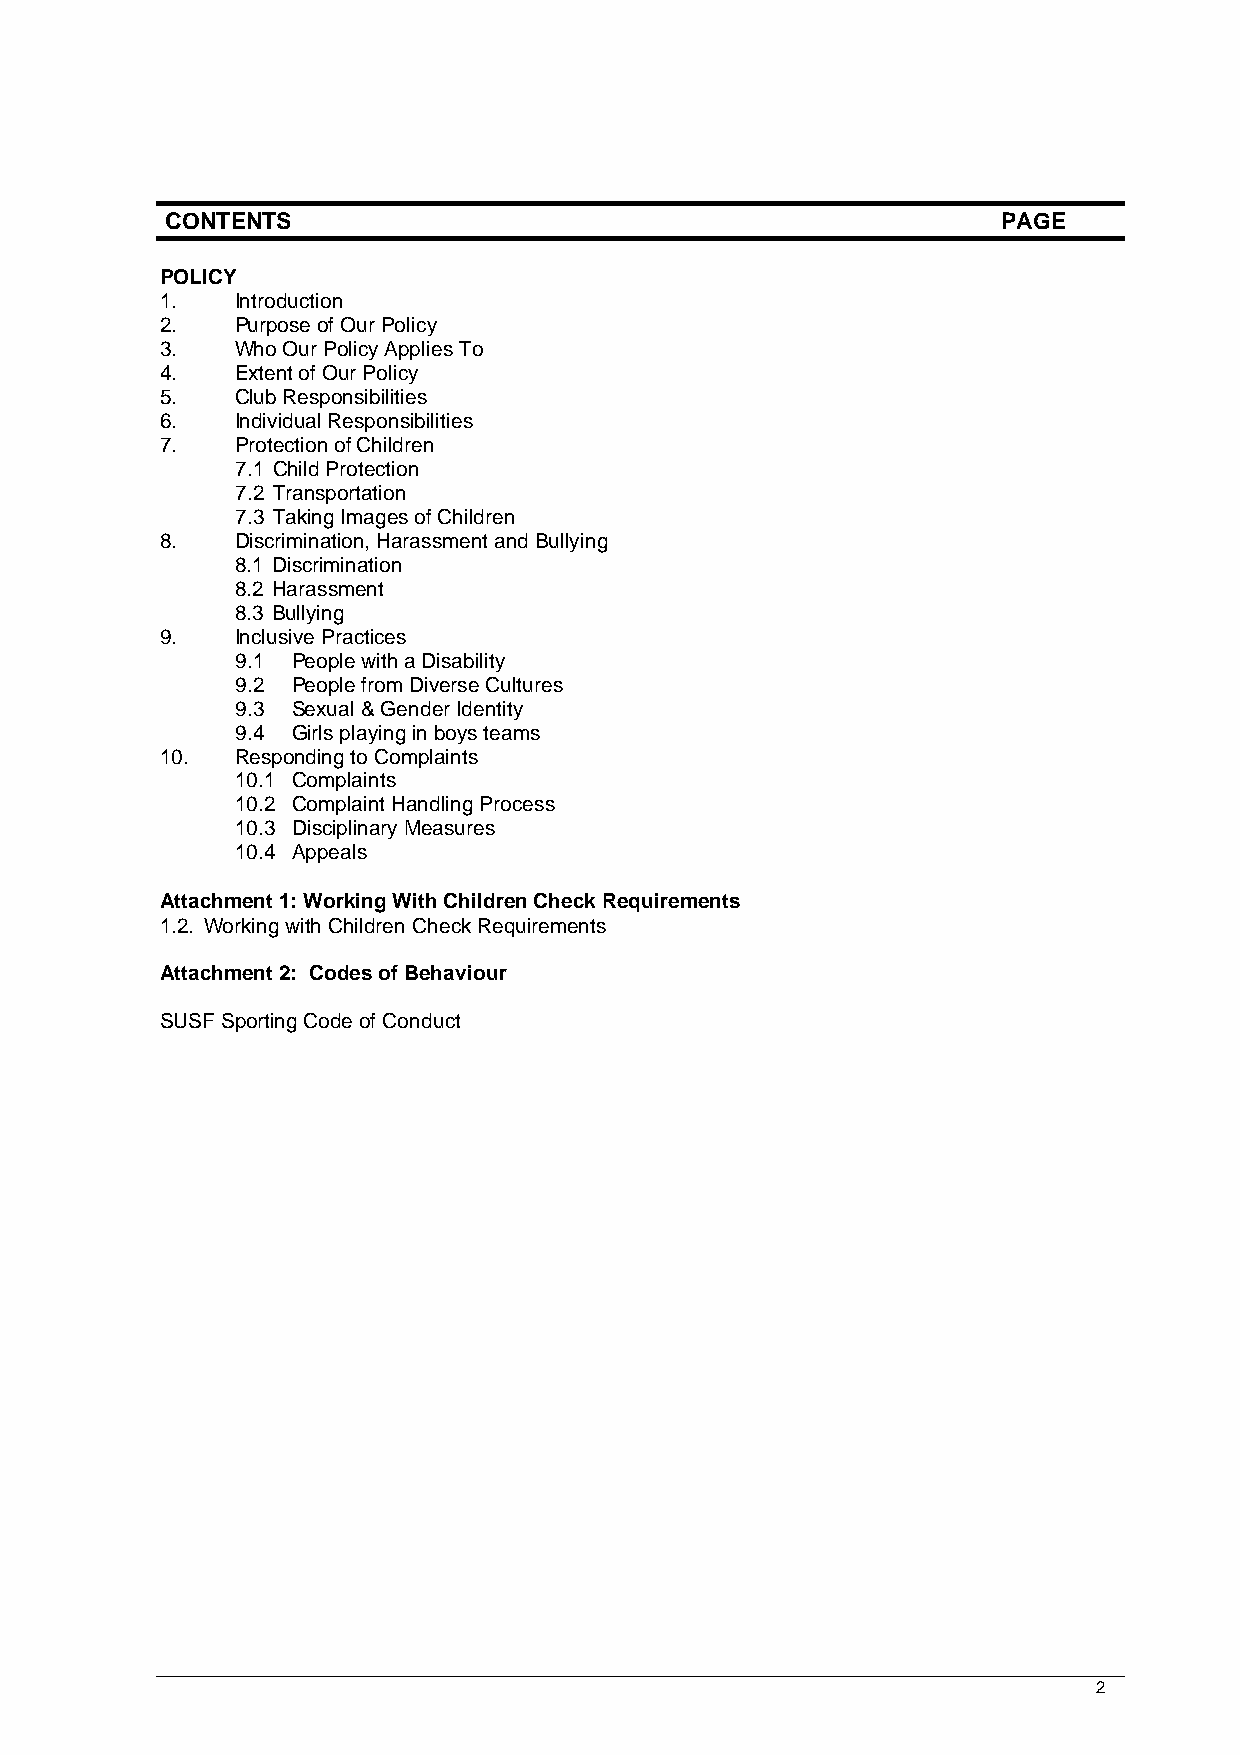
CONTENTS                                               PAGE
 POLICY
 1.   Introduction
 2.   Purpose of Our Policy
 3.   Who Our Policy Applies To
 4.   Extent of Our Policy
 5.   Club Responsibilities
 6.   Individual Responsibilities
 7.   Protection of Children
 7.1 Child Protection
 7.2 Transportation
 7.3 Taking Images of Children
 8.   Discrimination, Harassment and Bullying
 8.1 Discrimination
 8.2 Harassment
 8.3 Bullying
 9.   Inclusive Practices
 9.1 People with a Disability
 9.2 People from Diverse Cultures
 9.3 Sexual & Gender Identity
 9.4 Girls playing in boys teams
 10.  Responding to Complaints
 10.1 Complaints
 10.2 Complaint Handling Process
 10.3 Disciplinary Measures
 10.4 Appeals
 Attachment 1: Working With Children Check Requirements
 1.2. Working with Children Check Requirements
 Attachment 2: Codes of Behaviour
 SUSF Sporting Code of Conduct
 2